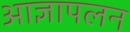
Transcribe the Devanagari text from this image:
आज्ञापलन